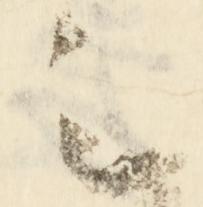
之